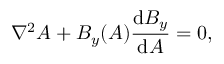
\nabla ^ { 2 } A + B _ { y } ( A ) \frac { \mathrm { d } B _ { y } } { \mathrm { d } A } = 0 ,